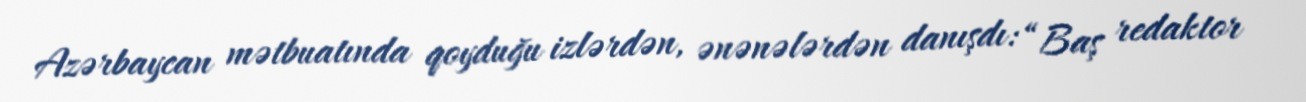
Azərbaycan mətbuatında qoyduğu izlərdən, ənənələrdən danışdı: “Baş redaktor